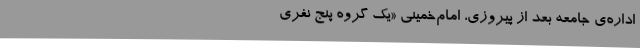
اداره‌ی‌ جامعه‌ بعد از پیروزی‌، امام‌خمینی‌ «یک‌ گروه‌ پنج‌ نفری‌